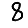
Digit: 8